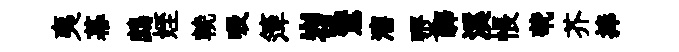
夷幕鷓姪輓吸𥱼岧鸑瀋燹驛溪悵茕芥捧